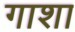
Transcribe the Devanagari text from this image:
गाशा